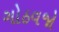
ગોઠવજો